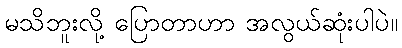
မသိဘူးလို့ ပြောတာဟာ အလွယ်ဆုံးပါပဲ။